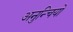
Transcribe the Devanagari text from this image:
अनुन्चियो